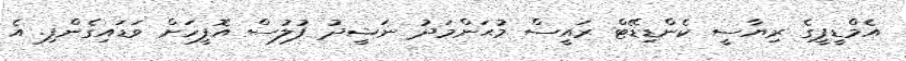
އެމްޑީޕީގެ ރިޔާސީ ކެންޑިޑޭޓް ރައީސް މުޙަންމަދު ނަޝީދު ފުލުސް އޮފީހަށް ވަޑައިގެންފި. އެ